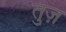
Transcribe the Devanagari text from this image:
तुज़